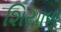
શિયાળૢ